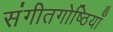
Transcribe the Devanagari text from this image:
संगीतगोष्ठियाँ